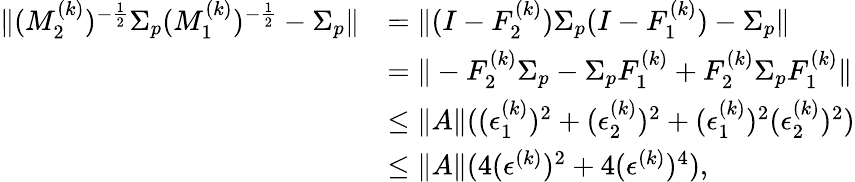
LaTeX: \begin{array}{rl}{\| (M_{2}^{(k)})^{-\frac{1}{2}}\Sigma_{p}(M_{1}^{(k)})^{-\frac{1}{2}}-\Sigma_{p}\| }&{=\| (I-F_{2}^{(k)})\Sigma_{p}(I-F_{1}^{(k)})-\Sigma_{p}\| }\\ &{=\| -F_{2}^{(k)}\Sigma_{p}-\Sigma_{p}F_{1}^{(k)}+F_{2}^{(k)}\Sigma_{p}F_{1}^{(k)}\| }\\ &{\leq\| A\| ((\epsilon_{1}^{(k)})^{2}+(\epsilon_{2}^{(k)})^{2}+(\epsilon_{1}^{(k)})^{2}(\epsilon_{2}^{(k)})^{2})}\\ &{\leq\| A\| (4(\epsilon^{(k)})^{2}+4(\epsilon^{(k)})^{4}),}\end{array}